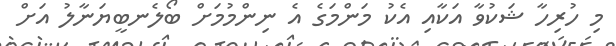
މި ހުރިހާ ޝަކުވާ އަކާއި އެކު މަންމަގެ އެ ނިންމުމަށް ބޯލެނބީޔަނާލު އަށް